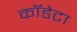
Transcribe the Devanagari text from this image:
कॉडेटा